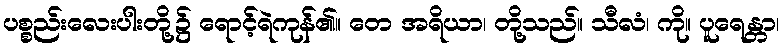
ပစ္စည်းလေးပါးတို့၌ ရောင့်ရဲကုန်၏။ တေ အရိယာ၊ တို့သည်။ သီလံ၊ ကို။ ပူရေန္တာ၊